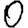
Digit: 0